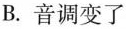
B. 音调变了